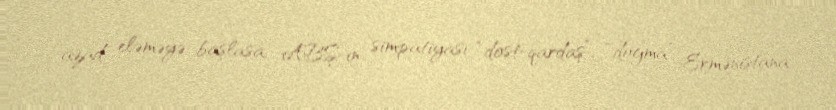
azad eləməyə başlasa, ABŞ-ın simpatiyası “dost-qardaş”, “doğma” Ermənistana